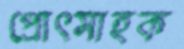
প্রোৎসাহক